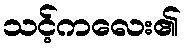
သင့်ကလေး၏